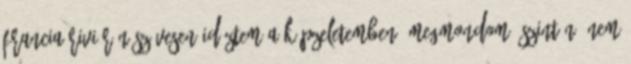
francia Riviérán szívesen időztem a képzeletemben. Megmondom őszintén, nem